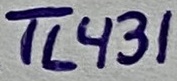
Text: TL431